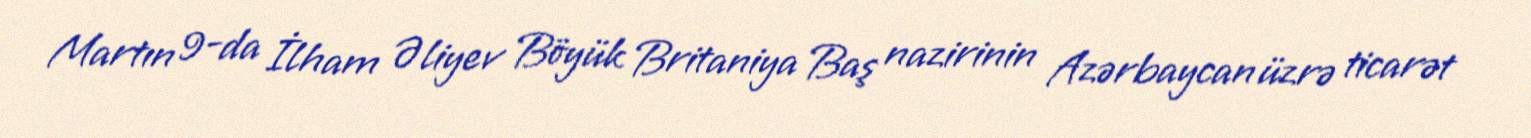
Martın 9-da İlham Əliyev Böyük Britaniya Baş nazirinin Azərbaycan üzrə ticarət